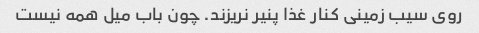
روی سیب زمینی کنار غذا پنیر نریزند. چون باب میل همه نیست